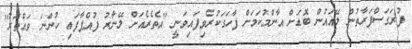
ފުރަގަސްފަރާތުން ލޭއައުން ބޮޑަށް އާންމުކަމަށް ފާހަގަކުރެވިފައިވަނީ ''އެތެރެއަށް ލޭނާރު ފުއްޕާފައި ހުންނަ ވައްތަރު''